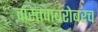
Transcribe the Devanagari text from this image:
वास्तवाबरोबरच